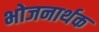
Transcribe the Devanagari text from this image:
भोजनार्थक